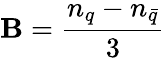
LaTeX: \mathbf{B}={\frac{{n_{q}-n_{\bar{{q}}}}}{{3}}}